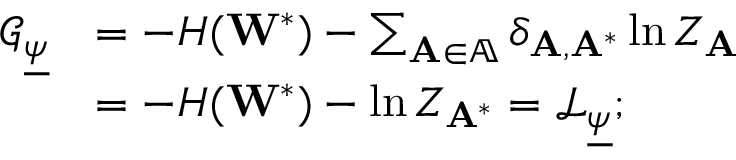
\begin{array} { r l } { \mathcal { G } _ { \underline { { \psi } } } } & { = - H ( \mathbf { W } ^ { * } ) - \sum _ { \mathbf { A } \in \mathbb { A } } \delta _ { \mathbf { A } , \mathbf { A } ^ { * } } \ln Z _ { \mathbf { A } } } \\ & { = - H ( \mathbf { W } ^ { * } ) - \ln Z _ { \mathbf { A } ^ { * } } = \mathcal { L } _ { \underline { { \psi } } } ; } \end{array}